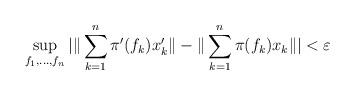
LaTeX: \begin{align*}\sup_{f_1,\dots,f_n}| \| \sum_{k=1}^n \pi'(f_k) x'_k\| - \| \sum_{k=1}^n \pi(f_k) x_k \| | < \varepsilon \end{align*}